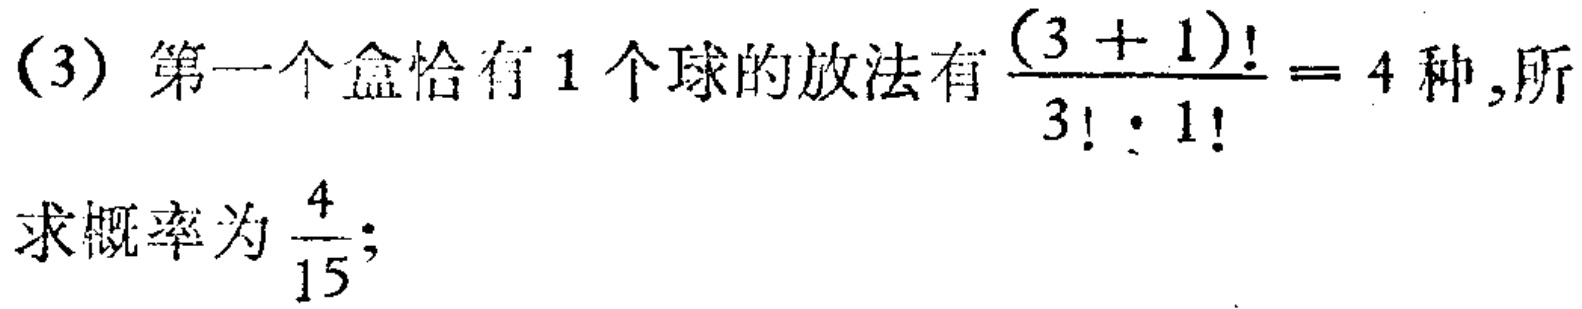
(3) 第一个盒恰有 1 个球的放法有$\frac{(3 + 1)!}{3!\cdot1!}= 4$种, 所求概率为$\frac{4}{15}$;